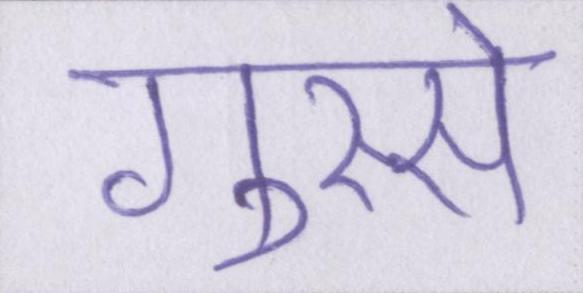
गुस्से